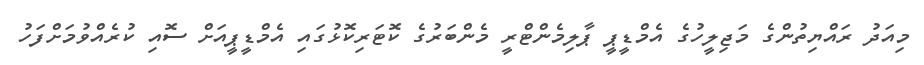
މިއަދު ރައްޔިތުންގެ މަޖިލީހުގެ އެމްޑީޕީ ޕާލިމެންޓްރީ މެންބަރުގެ ކޮޓަރިކޮޅުގައި އެމްޑީޕީއަށް ސޮއި ކުރެއްވުމަށްފަހު